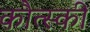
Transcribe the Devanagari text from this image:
कौत्स्की